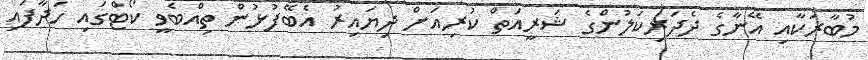
މުބާރަކާއި އޭނާގެ ދެދަރިކަލުންގެ ޝަރީއަތް ކުރިއަށް ދިޔައިރު އެބޭފުޅުން ތިއްބެވީ ކޯޓްގައި ހަދާފައި